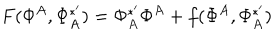
LaTeX: F ( \Phi ^ { A } , \Phi _ { A } ^ { * ^ { \prime } } ) = \Phi _ { A } ^ { * ^ { \prime } } \Phi ^ { A } + f ( \Phi ^ { A } , \Phi _ { A } ^ { * ^ { \prime } } )